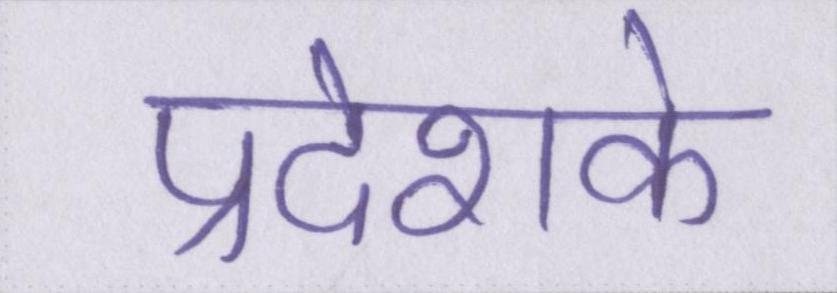
प्रदेशके